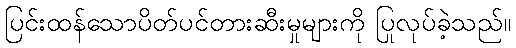
ပြင်းထန်သောပိတ်ပင်တားဆီးမှုများကို ပြုလုပ်ခဲ့သည်။